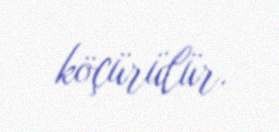
köçürülür.